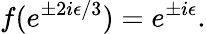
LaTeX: f(e^{\pm 2i\epsilon/3})=e^{\pm i\epsilon}.